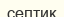
септик